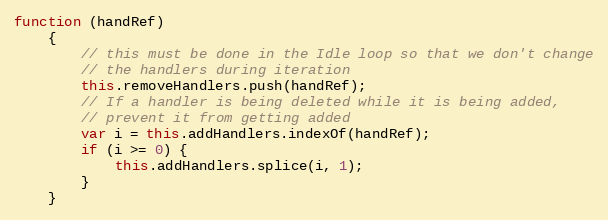
Language: JavaScript
function (handRef)
    {
        // this must be done in the Idle loop so that we don't change
        // the handlers during iteration
        this.removeHandlers.push(handRef);
        // If a handler is being deleted while it is being added,
        // prevent it from getting added
        var i = this.addHandlers.indexOf(handRef);
        if (i >= 0) {
            this.addHandlers.splice(i, 1);
        }
    }